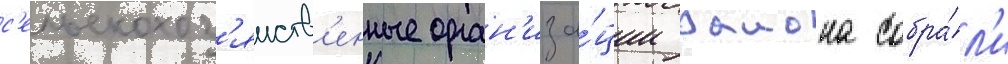
с'ельскохоз'яиств'енные орган'иза́ции раиона собра́л'и